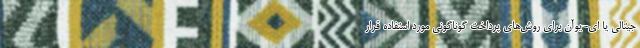
جیتالی یا ای-یوآن برای روش‌های پرداخت گوناگونی مورد استفاده قرار